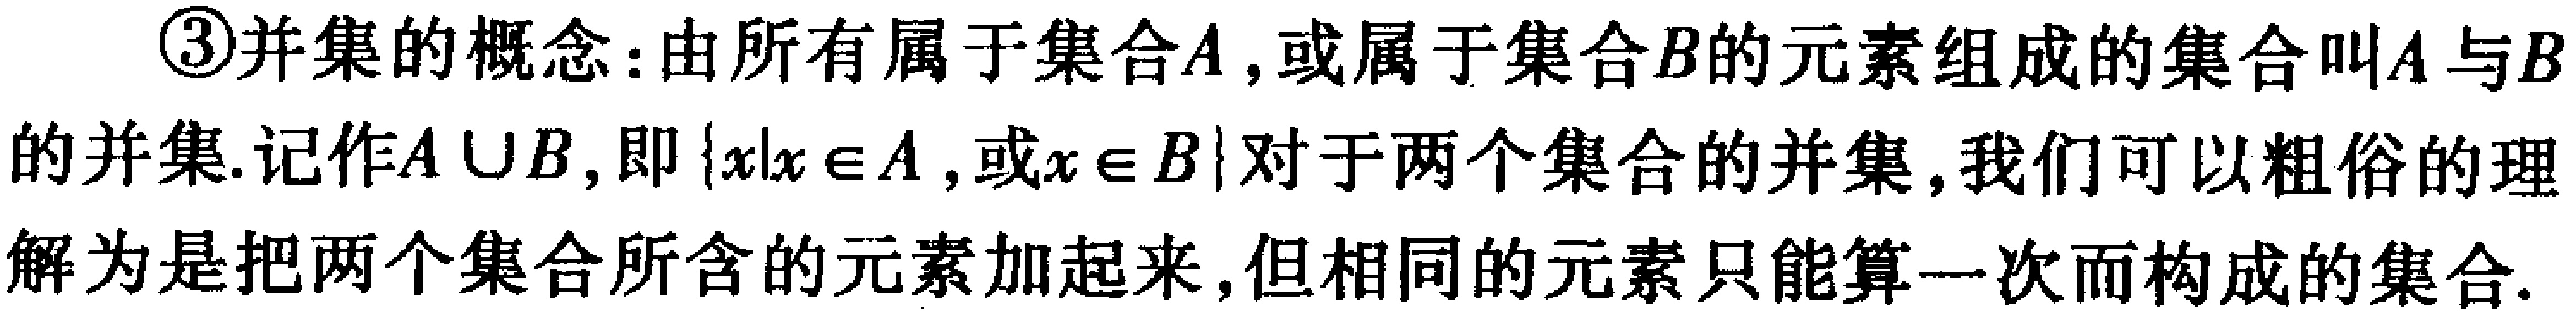
\textcircled{3}并集的概念：由所有属于集合\(A\)，或属于集合\(B\)的元素组成的集合叫\(A\)与\(B\)的并集.记作\(A\cup B\)，即\(\{x|x\in A\)，或\(x\in B\}\)对于两个集合的并集，我们可以粗俗的理解为是把两个集合所含的元素加起来，但相同的元素只能算一次而构成的集合.